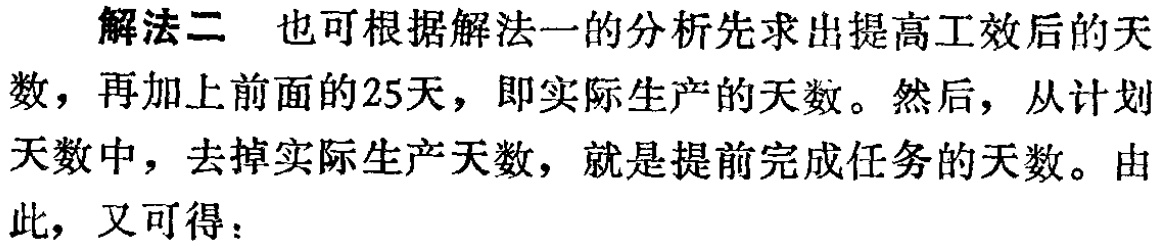
解法二 也可根据解法一的分析先求出提高工效后的天数，再加上前面的25天，即实际生产的天数。然后，从计划天数中，去掉实际生产天数，就是提前完成任务的天数。由此，又可得：